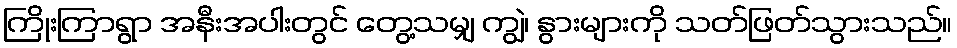
ကြိုးကြာရွာ အနီးအပါးတွင် တွေ့သမျှ ကျွဲ၊ နွားများကို သတ်ဖြတ်သွားသည်။